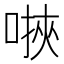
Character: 𫫄